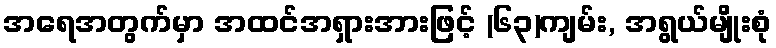
အရေအတွက်မှာ အထင်အရှားအားဖြင့် (၆၃)ကျမ်း, အရွယ်မျိုးစုံ